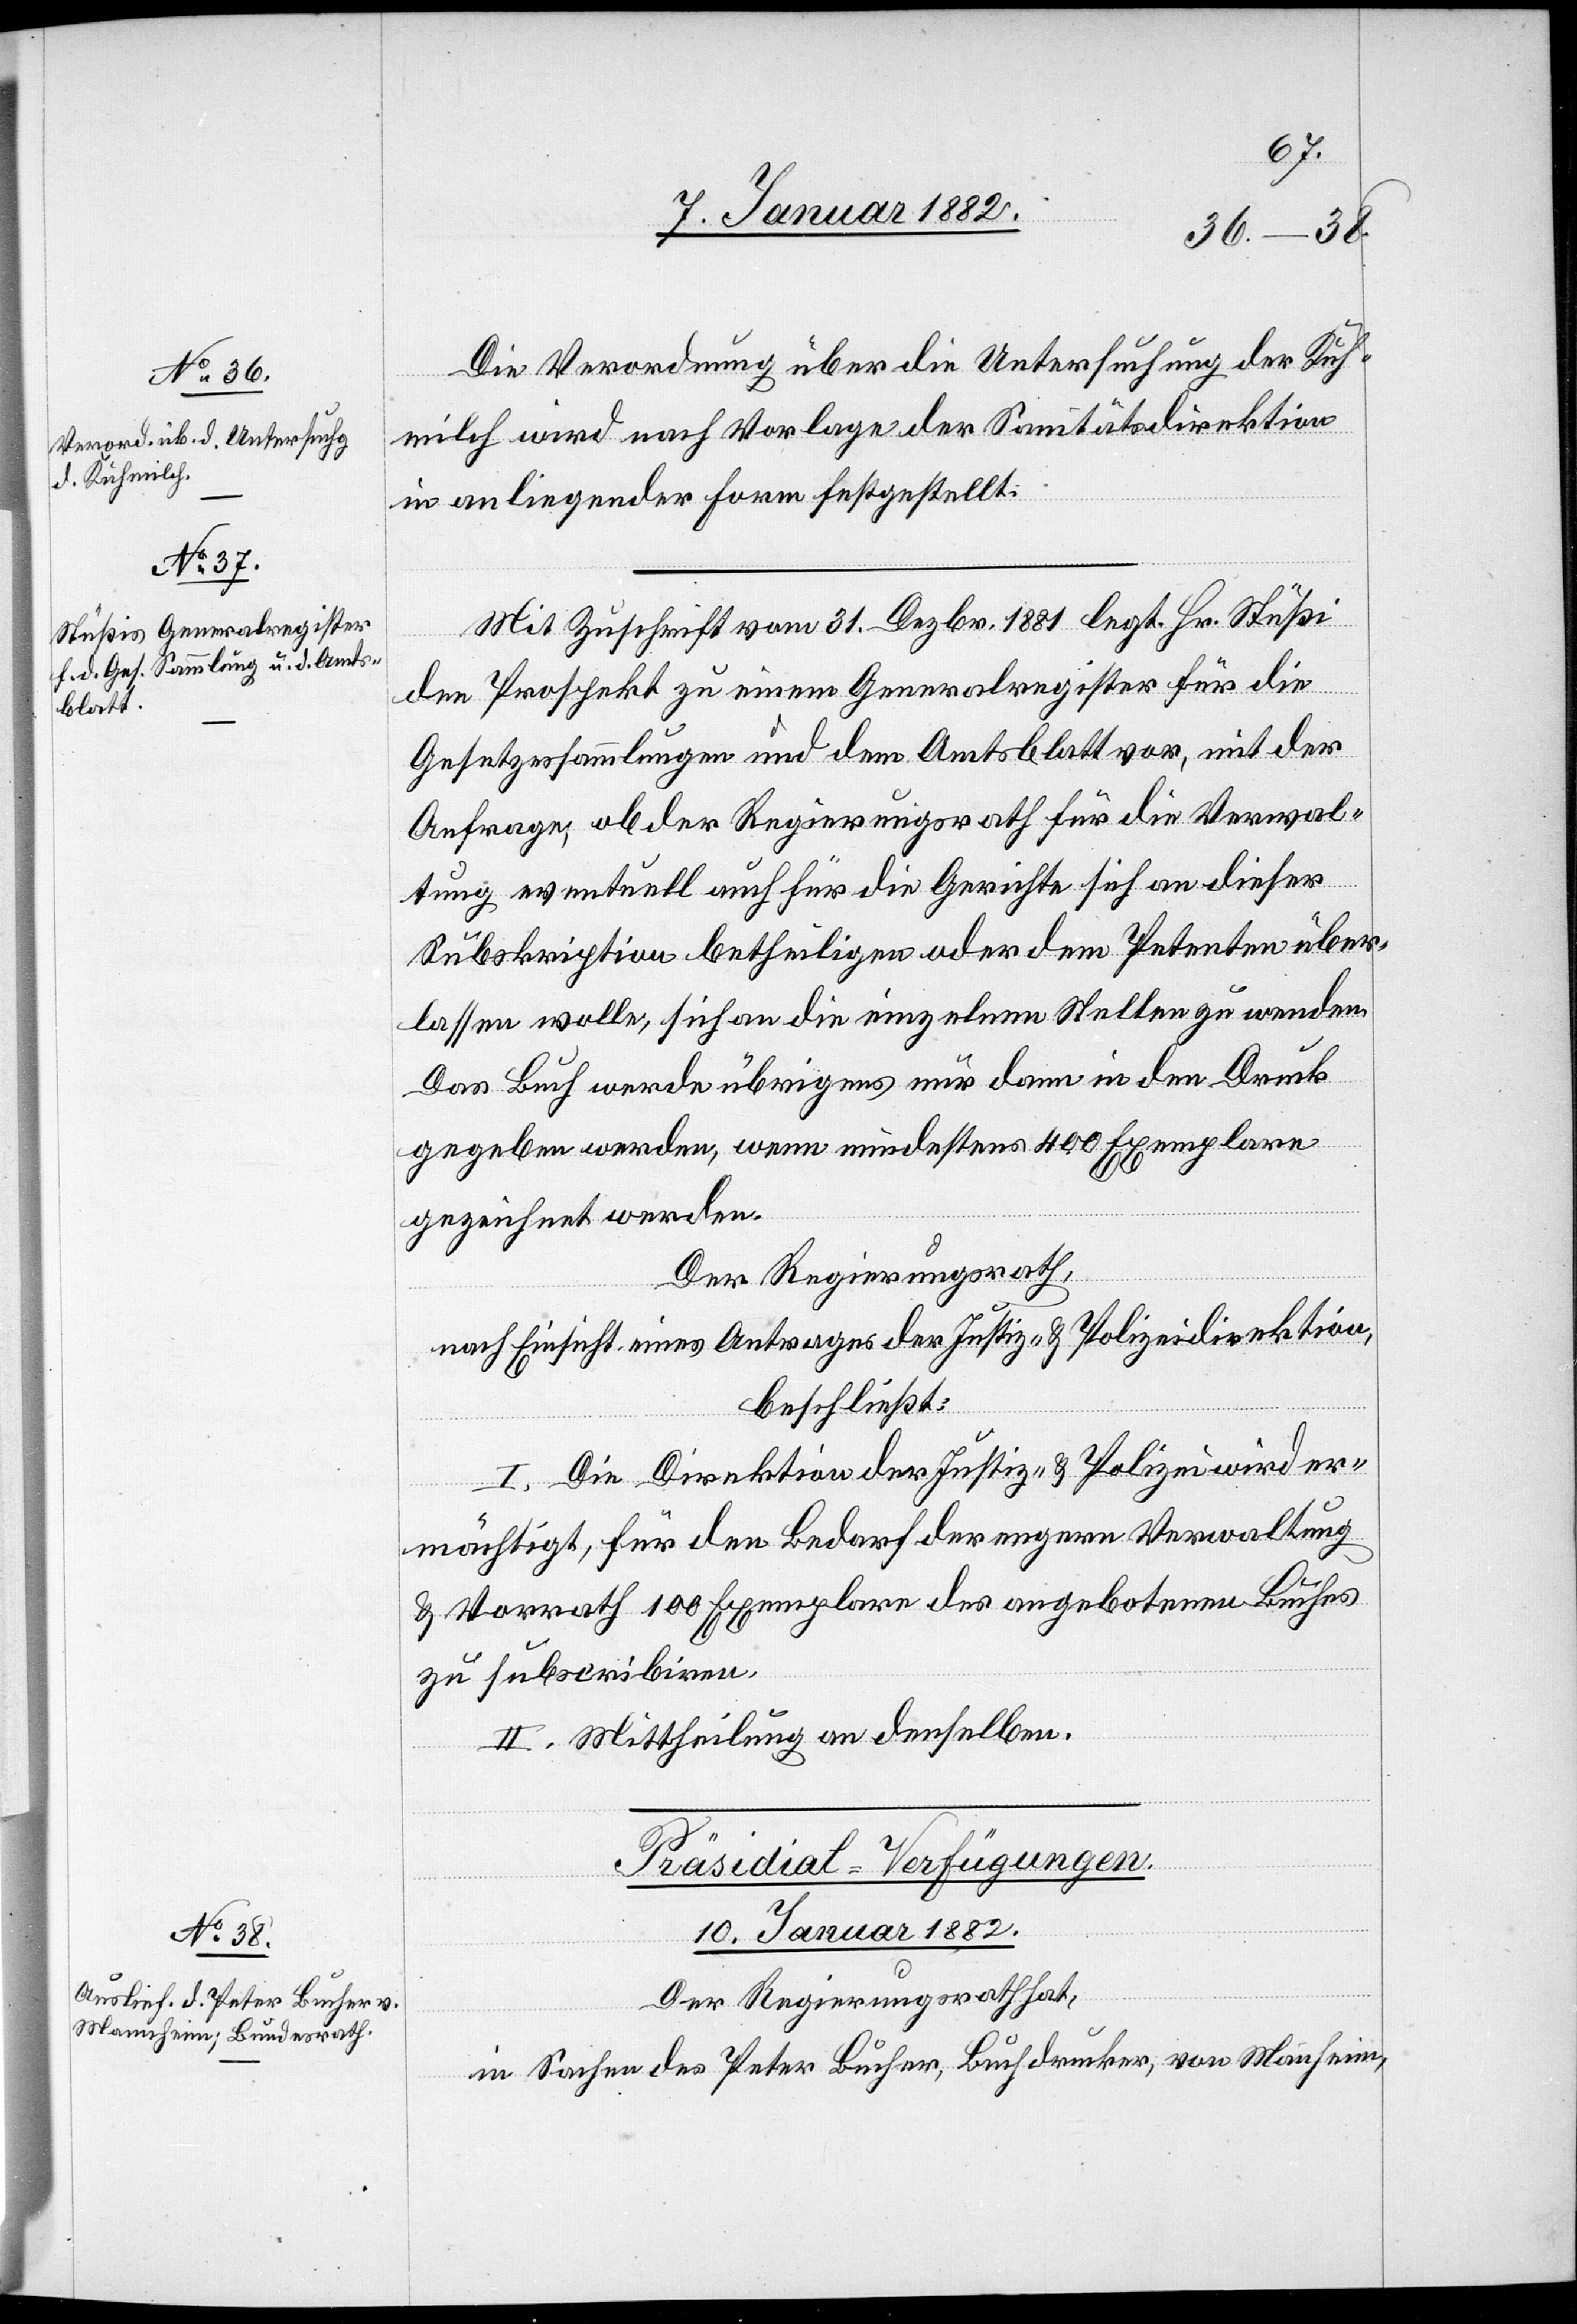
Die Verordnung über die Untersuchung der Kuh¬
milch wird nach Vorlage der Sanitätsdirektion
in anliegender Form festgesetzt.
Mit Zuschrift vom 31. Dezbr. 1881 legt Hr. Stüßi
den Prospekt zu einem Generalregister für die
Gesetzessammlungen und dem Amtsblatt vor, mit der
Anfrage, ob der Regierungsrath für die Verwal¬
tung eventuell auch für die Gerichte sich an dieser
Subskription betheiligen oder dem Petenten über¬
lassen wolle, sich an die einzelnen Stellen zu wenden.
Das Buch werde übrigens nur dann in den Druck
gegeben werden, wenn mindestens 400 Exemplare
gezeichnet werden.
Der Regierungsrath,
nach Einsicht eines Antrages der Justiz- & Polizeidirektion,
beschließt:
I. Die Direktion der Justiz- & Polizei wird er¬
mächtigt, für den Bedarf der engern Verwaltung
& Vorrath 100 Exemplare des angebotenen Buches
zu subscribieren.
II. Mittheilung an denselben.
Präsidial-Verfügungen.
10. Januar 1882.
Der Regierungsrath hat,
in Sachen des Peter Bucher, Buchdrucker, von Mannheim,